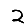
Digit: 2